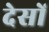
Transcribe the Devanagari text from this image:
देसों